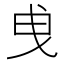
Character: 曵